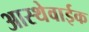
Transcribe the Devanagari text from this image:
आस्थेवाईक